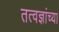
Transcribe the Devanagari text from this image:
तत्वज्ञांच्या